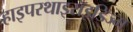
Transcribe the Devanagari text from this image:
हाइपरथाइरॉइडिज्म